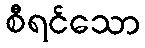
စီရင်သော